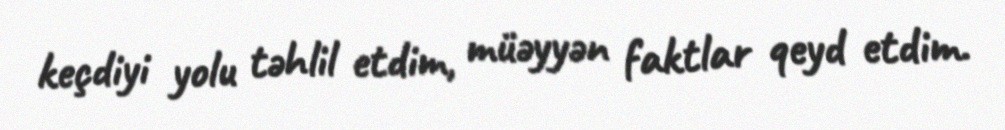
keçdiyi yolu təhlil etdim, müəyyən faktlar qeyd etdim.